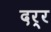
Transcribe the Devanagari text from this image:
दर्र